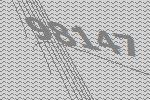
98147